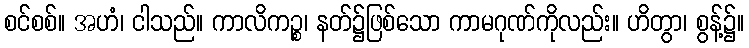
စင်စစ်။ အဟံ၊ ငါသည်။ ကာလိကဉ္စ၊ နတ်၌ဖြစ်သော ကာမဂုဏ်ကိုလည်း။ ဟိတွာ၊ စွန့်၌။